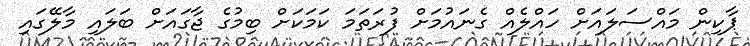
ޕާކިން މައްސަލައަށް ހައްލެއް ގެނައުމަށް ފުރަތަމަ ކަމަކަށް ބިމުގެ ޖާގައަށް ބަލައި މާލޭގައި